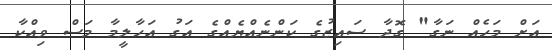
އަށް މަހެއް ނަގާ" ގޮދާ ސައިޒުގެ ކަންނެއްޔެއްގެ އަގު އަހާލީމާ މަސް ވިއްކާ